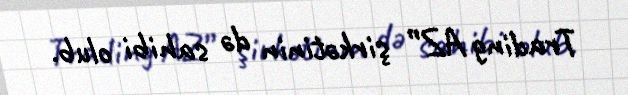
Trading AZ” şirkətinin də sahibi olub.